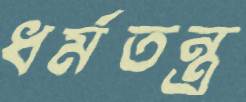
ধর্মতন্ত্র